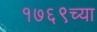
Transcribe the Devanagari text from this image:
१७६९च्या